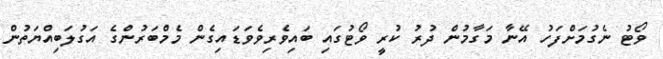
ވޯޓު ނެގުމަށްފަހު އޭނާ މަގާމުން ދުރު ކުރީ ވޯޓުގައި ބައިވެރިވެވަޑައިގެން މެމްބަރުންގެ އަގުލަބިއްޔަތުން